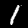
Label: 1